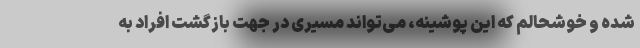
شده و خوشحالم که این پوشینه، می‌تواند مسیری در جهت بازگشت افراد به